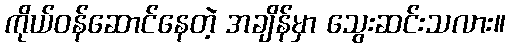
ကိုယ်ဝန်ဆောင်နေတဲ့ အချိန်မှာ သွေးဆင်းသလား။